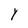
Character: Y